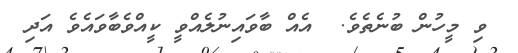
ވި މީހުން ބުނެތެވެ.  އެއް ބާވައިނުލެއްވީ ކީއްވެބާވައެވެ އަދި